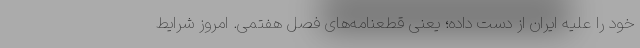
خود را علیه ایران از دست داده؛ یعنی قطعنامه‌های فصل هفتمی. امروز شرایط